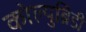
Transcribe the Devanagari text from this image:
कोल्युब्रिडी